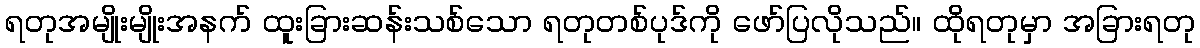
ရတုအမျိုးမျိုးအနက် ထူးခြားဆန်းသစ်သော ရတုတစ်ပုဒ်ကို ဖော်ပြလိုသည်။ ထိုရတုမှာ အခြားရတု